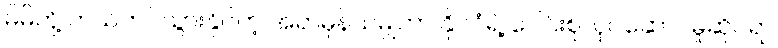
မိမိတို့ ကယ်တင်သွားနိုင်တဲ့ အရာမှန်သမျှဟာ နိုင်ငံရဲ့ ပေါင်းစုလုပ်ဆောင်မှုဆိုင်ရာ